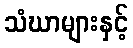
သံဃာများနှင့်